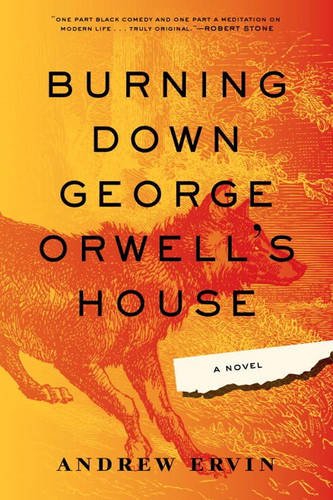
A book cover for Burning Down George Orwell's House; Andrew Ervin; Literature & Fiction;